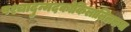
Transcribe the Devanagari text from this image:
पश्चादुन्मदकोकिलालिललना